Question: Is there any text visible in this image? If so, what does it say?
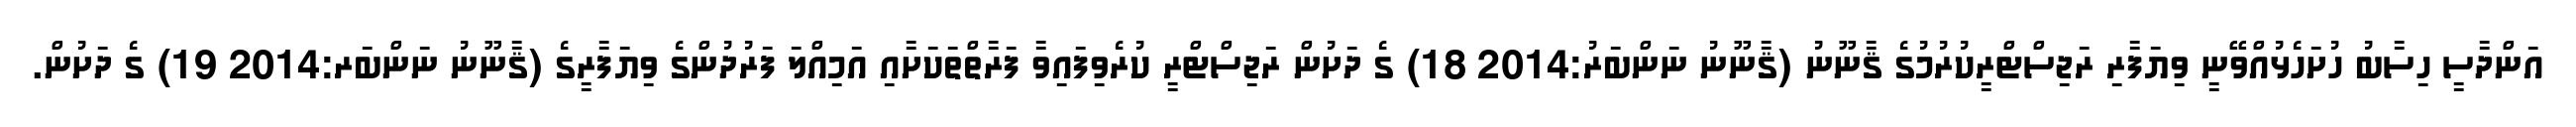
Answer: އަންދާސީ ހިސާބު ހުށަހެޅުއްވޭނީ ވިޔަފާރި ރަޖިސްޓްރީކުރުމުގެ ޤާނޫނު (ޤާނޫނު ނަންބަރު:2014 18) ގެ ދަށުން ރަޖިސްޓްރީ ކުރެވިފައިވާ ފަރާތްތަކަށާއި އަމިއްލަ ފަރުދުންގެ ވިޔަފާރީގެ (ޤާނޫނު ނަންބަރ:2014 19) ގެ ދަށުން.